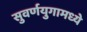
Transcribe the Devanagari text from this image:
सुवर्णयुगामध्ये